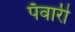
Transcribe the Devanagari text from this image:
पँवारी